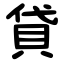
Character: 貸